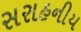
સરાહનીય